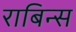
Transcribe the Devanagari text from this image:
राबिन्स